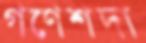
গণেশদা